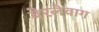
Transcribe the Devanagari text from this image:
बेरलेवाग